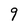
Character: 9